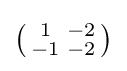
\left({\begin{smallmatrix}1&-2\\-1&-2\\\end{smallmatrix}}\right)